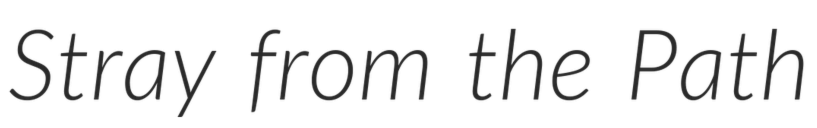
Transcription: Stray from the Path